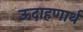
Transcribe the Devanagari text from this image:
ऊदाहणार्थ